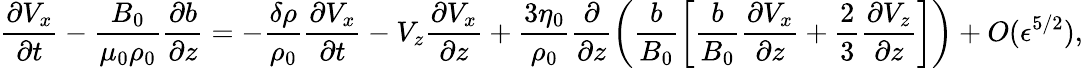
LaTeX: \frac{\partial V_{x}}{\partial t}-\frac{B_{0}}{\mu_{0}\rho_{0}}\frac{\partial b}{\partial z}=-\frac{\delta\rho}{\rho_{0}}\frac{\partial V_{x}}{\partial t}-V_{z}\frac{\partial V_{x}}{\partial z}+\frac{3\eta_{0}}{\rho_{0}}\frac{\partial}{\partial z}\left(\frac{b}{B_{0}}\left[\frac{b}{B_{0}}\frac{\partial V_{x}}{\partial z}+\frac{2}{3}\frac{\partial V_{z}}{\partial z}\right]\right)+O(\epsilon^{5/2}),